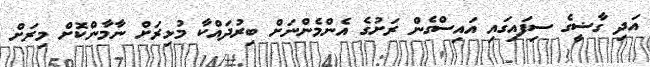
އަދި ގާޟީގެ ސިފައިގައި އައިސްގެން ރަށުގެ އެންމެންނަށް ބިރުދައްކާ މުޅިރަށް ނާމާންކޮށް މިރަށް